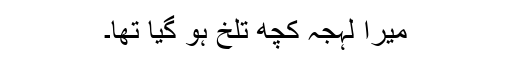
میرا لہجہ کچھ تلخ ہو گیا تھا۔